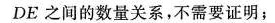
DE之间的数量关系，不需要证明；